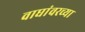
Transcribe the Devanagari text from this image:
वाघांवरच्या